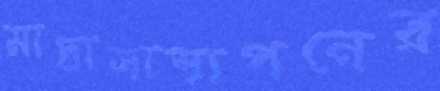
মাদ্রাসাস্থাপনের